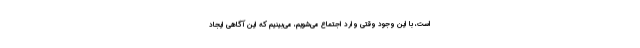
است، با این وجود وقتی وارد اجتماع می‌شویم، می‌بینیم که این آگاهی ایجاد